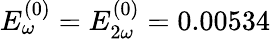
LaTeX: E_{\omega}^{(0)}=E_{2\omega}^{(0)}=0.00534